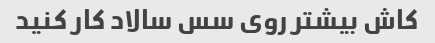
کاش بیشتر روی سس سالاد کار کنید